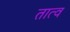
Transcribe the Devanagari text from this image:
तात्व